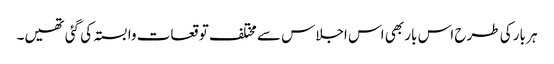
ہر بار کی طرح اس بار بھی اس اجلاس سے مختلف توقعات وابستہ کی گئی تھیں۔